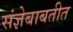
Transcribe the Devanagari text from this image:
संज्ञेबाबतीत